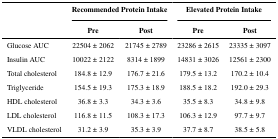
<table><thead><tr><td rowspan="3">[EMPTY_CELL]</td><td colspan="2"><b>Recommended Protein Intake</b></td><td colspan="2"><b>Elevated Protein Intake</b></td></tr><tr><td><b>Pre</b></td><td><b>Post</b></td><td><b>Pre</b></td><td><b>Post</b></td></tr></thead><tbody><tr><td>Glucose AUC</td><td>22504 ± 2062</td><td>21745 ± 2789</td><td>23286 ± 2615</td><td>23335 ± 3097</td></tr><tr><td>Insulin AUC</td><td>10022 ± 2122</td><td>8314 ± 1899</td><td>14831 ± 3026</td><td>12561 ± 2300</td></tr><tr><td>Total cholesterol</td><td>184.8 ± 12.9</td><td>176.7 ± 21.6</td><td>179.5 ± 13.2</td><td>170.2 ± 10.4</td></tr><tr><td>Triglyceride</td><td>154.5 ± 19.3</td><td>175.3 ± 18.9</td><td>188.5 ± 18.2</td><td>192.0 ± 29.3</td></tr><tr><td>HDL cholesterol</td><td>36.8 ± 3.3</td><td>34.3 ± 3.6</td><td>35.5 ± 8.3</td><td>34.8 ± 9.8</td></tr><tr><td>LDL cholesterol</td><td>116.8 ± 11.5</td><td>108.3 ± 17.3</td><td>106.3 ± 12.9</td><td>97.7 ± 9.7</td></tr><tr><td>VLDL cholesterol</td><td>31.2 ± 3.9</td><td>35.3 ± 3.9</td><td>37.7 ± 8.7</td><td>38.5 ± 5.8</td></tr></tbody></table>